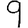
Digit: 9